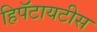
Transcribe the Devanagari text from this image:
हिपॅटायटीस